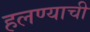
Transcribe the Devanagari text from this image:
हलण्याची